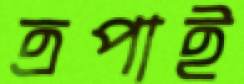
ত্রপাই